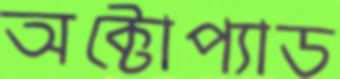
অক্টোপ্যাড